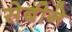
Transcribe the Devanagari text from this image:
सेबीने